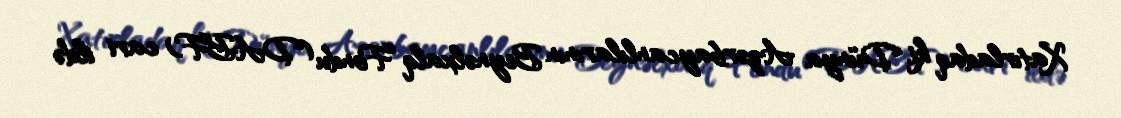
Xatırladaq ki, Dünya Azərbaycanlılarının Beynəlxalq Fondu (DABF) cari ildə